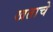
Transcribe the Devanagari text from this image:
खताचे